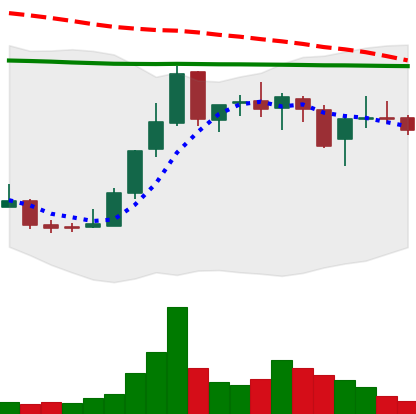
Ticker: LINK-USD
Chart end date: 2018-12-31
Forward return: 36.796%
Label: up_7plus